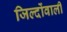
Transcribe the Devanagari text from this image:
जिल्दोंवाली